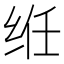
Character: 𫟃